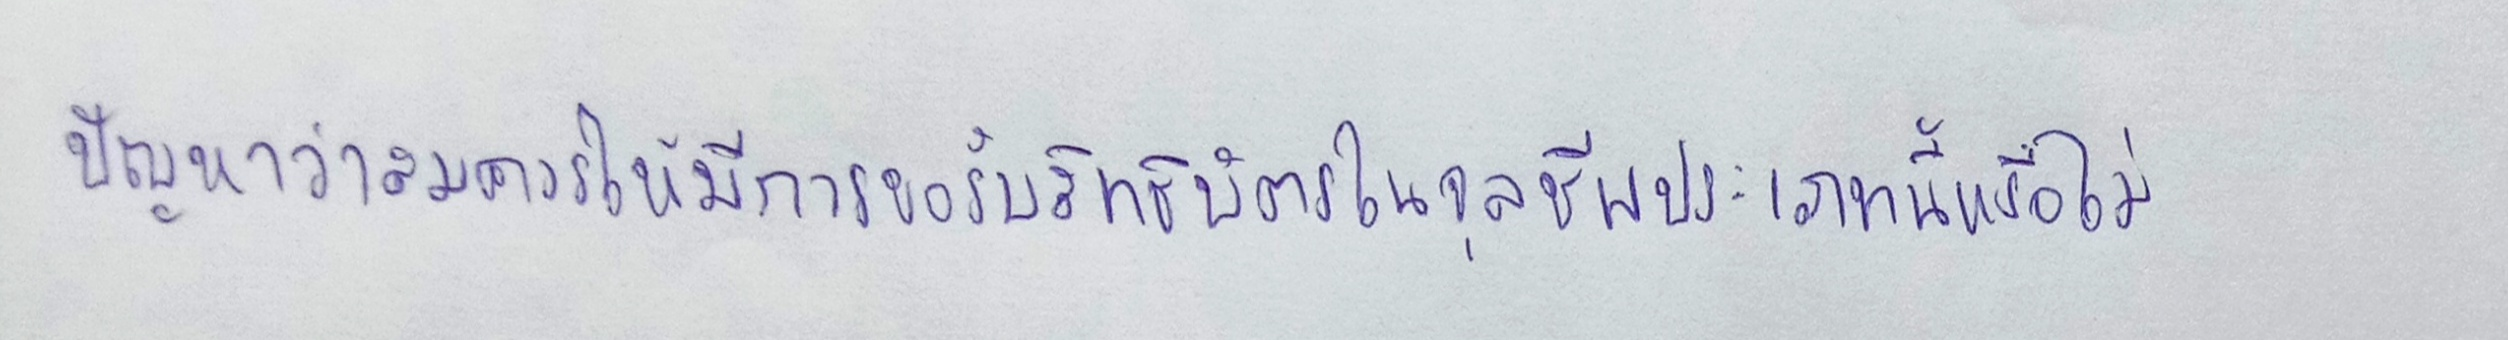
ปัญหาว่าสมควรให้มีการขอรับสิทธิบัตรในจุลชีพประเภทนี้หรือไม่